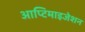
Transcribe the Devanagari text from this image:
आप्टिमाइजेशन